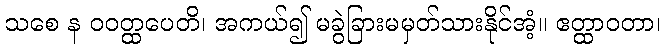
သစေ န ဝဝတ္ထပေတိ၊ အကယ်၍ မခွဲခြားမမှတ်သားနိုင်အံ့။ ဧတ္ထာဝတာ၊